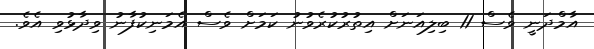
އާމްދަނީ ވެސް 11 ބިލިއަނަށް އިތުރުކުރެވުނު ކަމަށް ވެސް އެމަނިކުފާނު ވިދާޅުވި އެވެ.